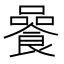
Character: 𩜻